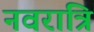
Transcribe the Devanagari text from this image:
नवरात्रि